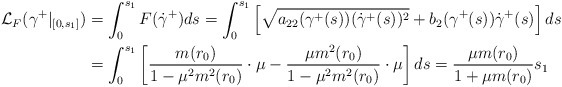
\begin{align*}\mathcal{L}_F({\gamma^+}|_{[0,s_1]})&=\int_0^{s_1}F(\dot{\gamma}^+)ds=\int_0^{s_1}\left[\sqrt{a_{22}(\gamma^+(s))(\dot{\gamma}^+(s))^2}+b_2(\gamma^+(s))\dot{\gamma}^+(s)\right] ds\\&=\int_0^{s_1}\left[\frac{m(r_0)}{1-\mu^2 m^2(r_0)}\cdot\mu-\frac{\mu m^2(r_0)}{1-\mu^2m^2(r_0)}\cdot\mu\right]ds=\frac{\mu m(r_0)}{1+\mu m(r_0)}s_1\end{align*}